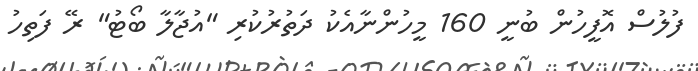
ފުލުސް އޮފީހުން ބުނީ 160 މީހުންނާއެކު ދަތުރުކުރި "އުޖާލާ ބޯޓު" ރޭ ފަތިހު